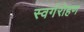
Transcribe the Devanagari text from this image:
स्वर्गरोहण